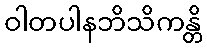
ဝါတပါနဘိသိကန္တိ